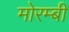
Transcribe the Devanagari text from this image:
मोरम्बी